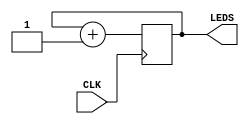
`default_nettype none

module top (
  input  CLK,        // system clock 
  output [4:0] LEDS // system LEDs
);


  // A blinker that counts on 5 bits, wired to the 5 LEDs
  reg [4:0] count = 0;
  always @(posedge CLK) begin
    count <= count + 1;
  end
  assign LEDS = count;

endmodule